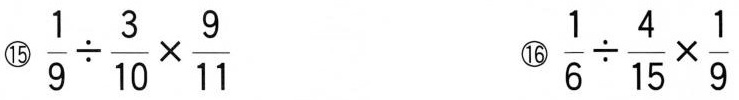
⑮$$\frac{1}{9}\div \frac{3}{10}\times \frac{9}{11}$$ ⑯$$ \frac{1}{6}\div \frac{4}{15}\times \frac{1}{9}$$